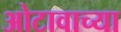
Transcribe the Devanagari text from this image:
ओटावाच्या